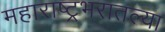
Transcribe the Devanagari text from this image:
महाराष्ट्रभरातल्या